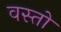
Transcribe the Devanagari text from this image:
वस्तो